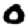
Digit: 0